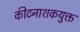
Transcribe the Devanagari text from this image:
कीटनाशकयुक्त